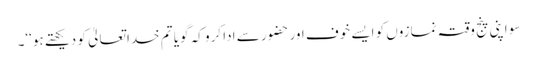
سو اپنی پنج وقتہ نمازوں کو ایسے خوف اور حضور سے ادا کرو کہ گویا تم خدا تعالیٰ کو دیکھتے ہو‘‘۔